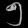
Digit: ၅